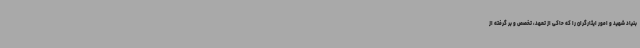
بنیاد شهید و امور ایثارگران را که حاکی از تعهد، تخصص و بر گرفته از